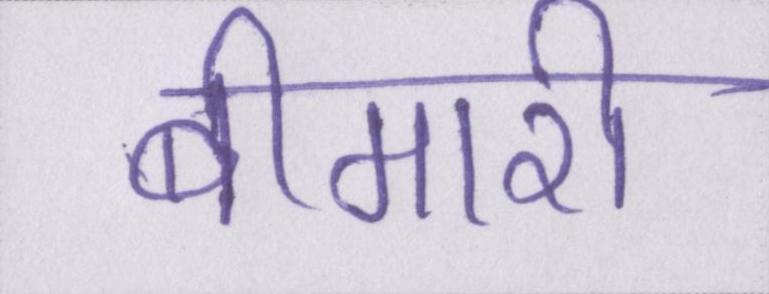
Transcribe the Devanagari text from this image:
बीमारी